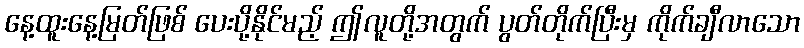
နေ့ထူးနေ့မြတ်ဖြစ် ပေးပို့နိုင်မည့် ဤလူတို့အတွက် ပွတ်တိုက်ပြီးမှ ကိုက်ချီလာသော